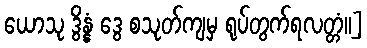
ယောသု ဒွိန္နံ ဒွေ စသုတ်ကျမှ ရုပ်တွက်ရလတ္တံ၊၊]